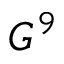
G ^ { 9 }